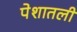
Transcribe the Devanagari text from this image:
पेशातली